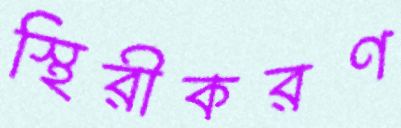
স্থিরীকরণ